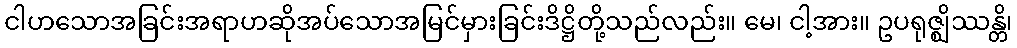
ငါဟသောအခြင်းအရာဟဆိုအပ်သောအမြင်မှားခြင်းဒိဋ္ဌိတို့သည်လည်း။ မေ၊ ငါ့အား။ ဥပရုဇ္ဈိဿန္တိ၊